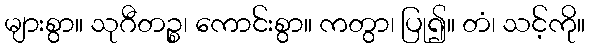
များစွာ။ သုဂီတဉ္စ၊ ကောင်းစွာ။ ကတွာ၊ ပြု၍။ တံ၊ သင့်ကို။